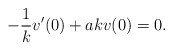
\begin{align*}-{1\over k}v'(0) +akv(0) =0. \end{align*}